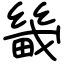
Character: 畿